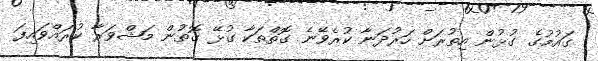
ގައުމުގެ ގުޅުން އިތުރަށް ހަރުދަނާ ކުރެވޭނެ ގޮތްތަކާ ގުޅޭ ގޮތުން މަޝްވަރާ ކުރައްވައިފަ